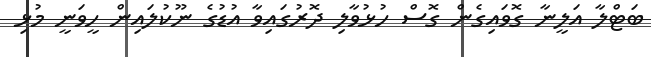
ބަޓްލާ އަލީނާ ގޮވައިގެން ގޮސް ހުޅުވާލި ދޮރުގައިވާ އުޑުގެ ނޫކުލައިން ހީވަނީ މުޅި